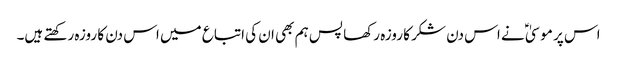
اس پر موسیٰ ؑ نے اس دن شکر کا روزہ رکھا پس ہم بھی ان کی اتباع میں اس دن کا روزہ رکھتے ہیں۔